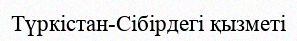
Түркістан-Сібірдегі қызметі